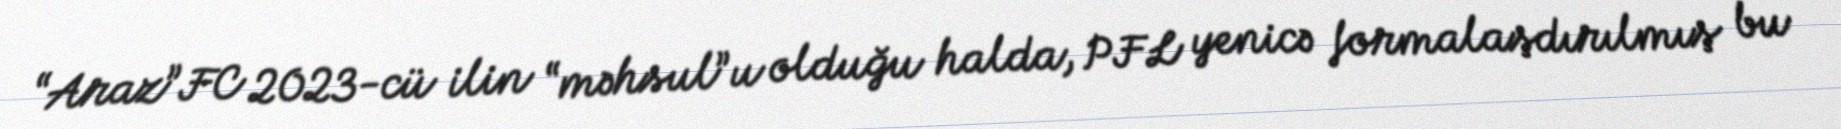
“Araz”FC 2023-cü ilin “məhsul”u olduğu halda, PFL yenicə formalaşdırılmış bu